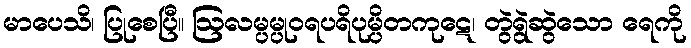
မာပေသိ၊ ပြုစေပြီ။ ဩလမ္ပမ္ပုဝရပရိပုမ္ပိတကုဋေ၊ တွဲရွဲဆွဲသော ရေကို